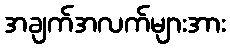
အချက်အလက်များအား